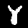
Digit: 8